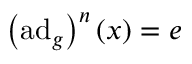
\left( \operatorname { a d } _ { g } \right) ^ { n } ( x ) = e